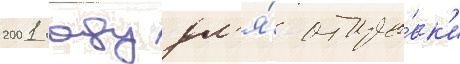
2001 году дл'я́ отпра́вк'и